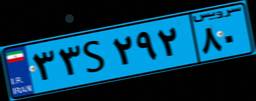
۳۴S۰۵۸۶۲